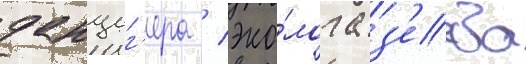
данциг'ера / эко́лога з'еева